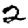
Digit: 2